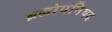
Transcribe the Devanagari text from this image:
ब्रह्मोपनिषद